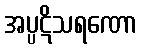
အပ္ပဋိသရဏော